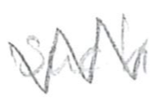
Text: such
Cross-out: zig-zag
Writing tool: pencil